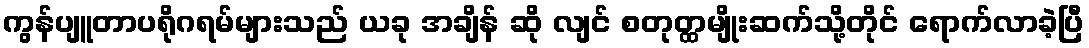
ကွန်ပျူတာပရိုဂရမ်များသည် ယခု အချိန် ဆို လျင် စတုတ္ထမျိုးဆက်သို့တိုင် ရောက်လာခဲ့ပြီ